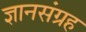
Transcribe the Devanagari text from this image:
ज्ञानसंग्रह